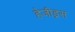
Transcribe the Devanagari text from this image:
हेजीड्रस